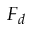
F _ { d }